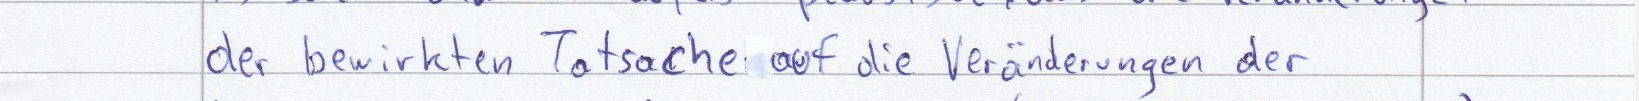
der bewirkten Tatsache auf die Veränderungen der